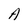
Character: A